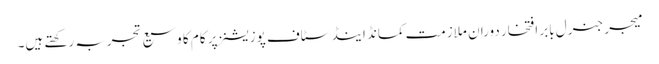
میجر جنرل بابر افتخار دوران ملازمت کمانڈ اینڈ سٹاف پوزیشنز پر کام کا وسیع تجربہ رکھتے ہیں۔